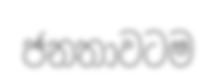
ජනතාවටම